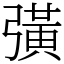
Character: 彉